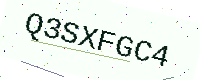
Text: Q3SXFGC4